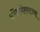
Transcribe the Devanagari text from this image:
कोंढाणेश्वराच्या